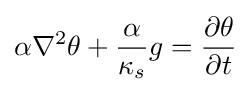
\alpha \nabla ^{2}\theta +{\frac {\alpha }{\kappa _{s}}}g={\frac {\partial \theta }{\partial t}}